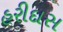
હરીદાસ